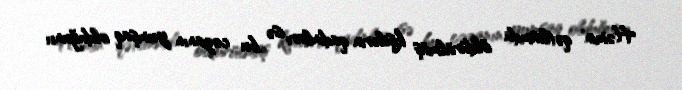
Həmin qətliamda öldürülmüş kişilərin qadınları isə bu cəzanın yumşaq olduğunu